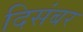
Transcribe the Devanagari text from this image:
दिसंबर